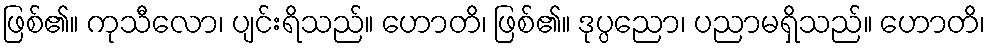
ဖြစ်၏။ ကုသီလော၊ ပျင်းရိသည်။ ဟောတိ၊ ဖြစ်၏။ ဒုပ္ပညော၊ ပညာမရှိသည်။ ဟောတိ၊